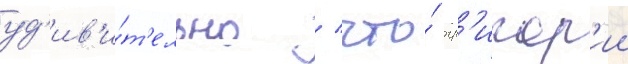
уд'ив'и́т'ельно / что́ гр'игор'ии